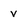
Character: v